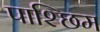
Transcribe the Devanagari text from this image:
पाश्छिम